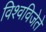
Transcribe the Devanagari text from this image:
विश्वविजेते